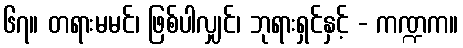
၆၇။ တရားမမင်၊ ဖြစ်ပါလျှင်၊ ဘုရားရှင်နှင့် - ကဏ္ဍက။